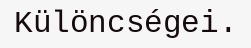
Különcségei.